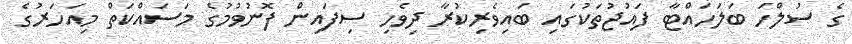
ގެ ސުލްހަ ބަލަހައްޓާ ފައުޖުތަކުގައި ބައިވެރިކުރާ ދިވެހި ސިފައިން ފޮނުވުމުގެ މަސައްކަތް މިއަހަރުގެ